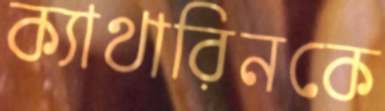
ক্যাথারিনকে